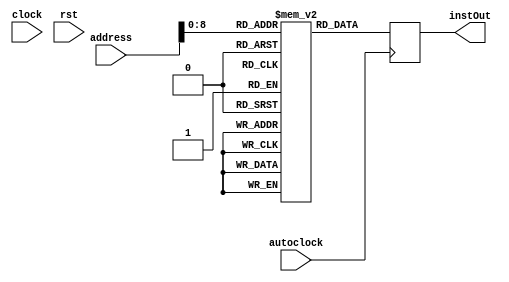

module BIOS #(parameter DATA_WIDTH=32, parameter ADDR_WIDTH=400)
( address, instOut, clock, autoclock, rst/*, changeSource*/);

		//output changeSource;
		input [(DATA_WIDTH-1):0] address;
		input clock, autoclock,rst;
		output reg [(DATA_WIDTH-1):0] instOut;
		reg [(DATA_WIDTH-1):0] mem [ADDR_WIDTH-1:0];
		
		initial
		begin : INIT
			mem[0] = 32'b00000000000000000000000000000000;
			mem[1] = 32'b00111000000000000000000000000010;
			mem[2] = 32'b00110000000000010000000000000000;
			mem[3] = 32'b10011000001000000000000000000000;
			mem[4] = 32'b01111100000000010000000000000000;
			mem[5] = 32'b00110100000000010000000000000000;
			mem[6] = 32'b10000000000000000000000000000000;
			mem[7] = 32'b00101100000000010000000000000000;
			mem[8] = 32'b00001100001001000000000000000000;
			mem[9] = 32'b00110000000000010000000000000011;
			mem[10] = 32'b00001100001000100000000000000000;
			mem[11] = 32'b00001100100000110000000000000000;
			mem[12] = 32'b00011000011000100000100000000000;
			mem[13] = 32'b00110100000000010000000000000000;
			mem[14] = 32'b10000000000000000000000000000000;
			mem[15] = 32'b00110000000000010000000000000000;
			mem[16] = 32'b00110100000000010000000000000000;
			mem[17] = 32'b00101100000000010000000000000000;
			mem[18] = 32'b00001100001001000000000000000000;
			mem[19] = 32'b00110000000000010000011101011000;
			mem[20] = 32'b00001100001000100000000000000000;
			mem[21] = 32'b00001100100000110000000000000000;
			mem[22] = 32'b01110000011000100000000000100111;
			mem[23] = 32'b00110000000000010000000000000000;
			mem[24] = 32'b00001100001000100000000000000000;
			mem[25] = 32'b00101100000000010000000000000000;
			mem[26] = 32'b00001100001000110000000000000000;
			mem[27] = 32'b00110000000000010000000000000000;
			mem[28] = 32'b10010100000000010000000000000000;
			mem[29] = 32'b10001000011000100000000000000000;
			mem[30] = 32'b10010100000000000000000000000000;
			mem[31] = 32'b00101100000000010000000000000000;
			mem[32] = 32'b00001100001001000000000000000000;
			mem[33] = 32'b00110000000000010000000000000001;
			mem[34] = 32'b00001100001000100000000000000000;
			mem[35] = 32'b00001100100000110000000000000000;
			mem[36] = 32'b00001000011000100000100000000000;
			mem[37] = 32'b00110100000000010000000000000000;
			mem[38] = 32'b00111000000000000000000000010001;
			mem[39] = 32'b10000000000000000000000000000000;
			mem[40] = 32'b10010000000000000000000000000000;

		end 
		always @( posedge autoclock )
		begin
			instOut <= mem[address];
		end
	
endmodule